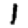
Digit: 1